Annual report on the working of the Harcourt Butler Institute of Public Health, Rangoon
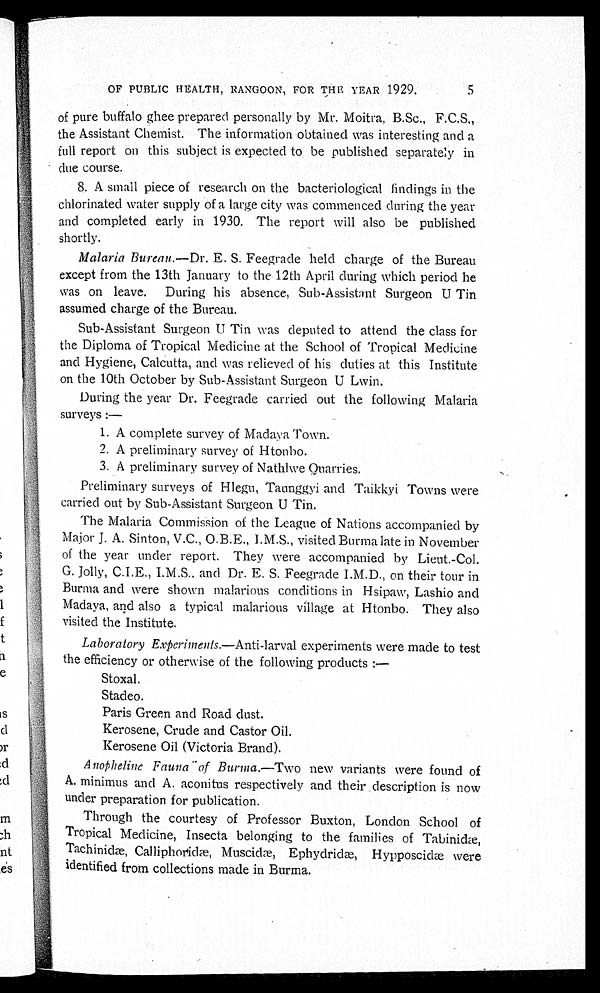
OF PUBLIC HEALTH, RANGOON, FOR THE YEAR 1929.
5
of pure buffalo ghee prepared personally by Mr. Moitra, B.Sc., F.C.S.,
the Assistant Chemist. The information obtained was interesting and a
full report on this subject is expected to be published separately in
due course.
8. A small piece of research on the bacteriological findings in the
chlorinated water supply of a large city was commenced during the year
and completed early in 1930. The report will also be published
shortly.
Malaria Bureau. —Dr. E. S. Feegrade held charge of the Bureau
except from the 13th January to the 12th April during which period he
was on leave. During his absence, Sub-Assistant Surgeon U Tin
assumed charge of the Bureau.
Sub-Assistant Surgeon U Tin was deputed to attend the class for
the Diploma of Tropical Medicine at the School of Tropical Medicine
and Hygiene, Calcutta, and was relieved of his duties at this Institute
on the 10th October by Sub-Assistant Surgeon U Lwin.
During the year Dr. Feegrade carried out the following Malaria
surveys :—
1. A complete survey of Madaya Town.
2. A preliminary survey of Htonbo.
3. A preliminary survey of Nathlwe Quarries.
Preliminary surveys of Hlegu, Taunggyi and Taikkyi Towns were
carried out by Sub-Assistant Surgeon U Tin.
The Malaria Commission of the League of Nations accompanied by
Maj or J . A. Si nt on, V. C. , O. B. E. , I . M. S. , vi s i t ed Bur ma l at e i n November
of the year under report. They were accompanied by Lieut.-Col.
G. Jolly, C.I.E., I.M.S., and Dr. E. S. Feegrade I.M.D., on their tour in
Burma and were shown malarious conditions in Hsipaw, Lashio and
Madaya, and also a typical malarious village at Htonbo. They also
visited the Institute.
Laboratory Experiments. —Anti-larval experiments were made to test
the efficiency or otherwise of the following products :—
Stoxal.
Stadeo.
Paris Green and Road dust.
Kerosene, Crude and Castor Oil.
Kerosene Oil (Victoria Brand).
Anopheline Fauna of Burma. —Two new variants were found of
A. minimus and A. aconitus respectively and their description is now
under preparation for publication.
Through the courtesy of Professor Buxton, London School of
Tropical Medicine, Insecta belonging to the families of Tabinidæ,
Tachinidæ, Calliphoridæ, Muscidæ, Ephydridæ, Hypposcidæ were
identified from collections made in Burma.
is